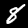
Digit: 8